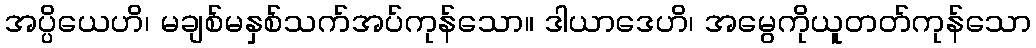
အပ္ပိယေဟိ၊ မချစ်မနှစ်သက်အပ်ကုန်သော။ ဒါယာဒေဟိ၊ အမွေကိုယူတတ်ကုန်သော